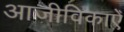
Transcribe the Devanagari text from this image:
आजीविकाएँ